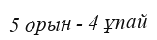
5 орын - 4 ұпай